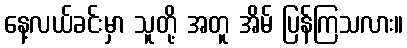
နေ့လယ်ခင်းမှာ သူတို့ အတူ အိမ် ပြန်ကြသလား။